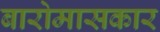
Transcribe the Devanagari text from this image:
बारोमासकार